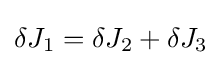
\delta J_{1}=\delta J_{2}+\delta J_{3}